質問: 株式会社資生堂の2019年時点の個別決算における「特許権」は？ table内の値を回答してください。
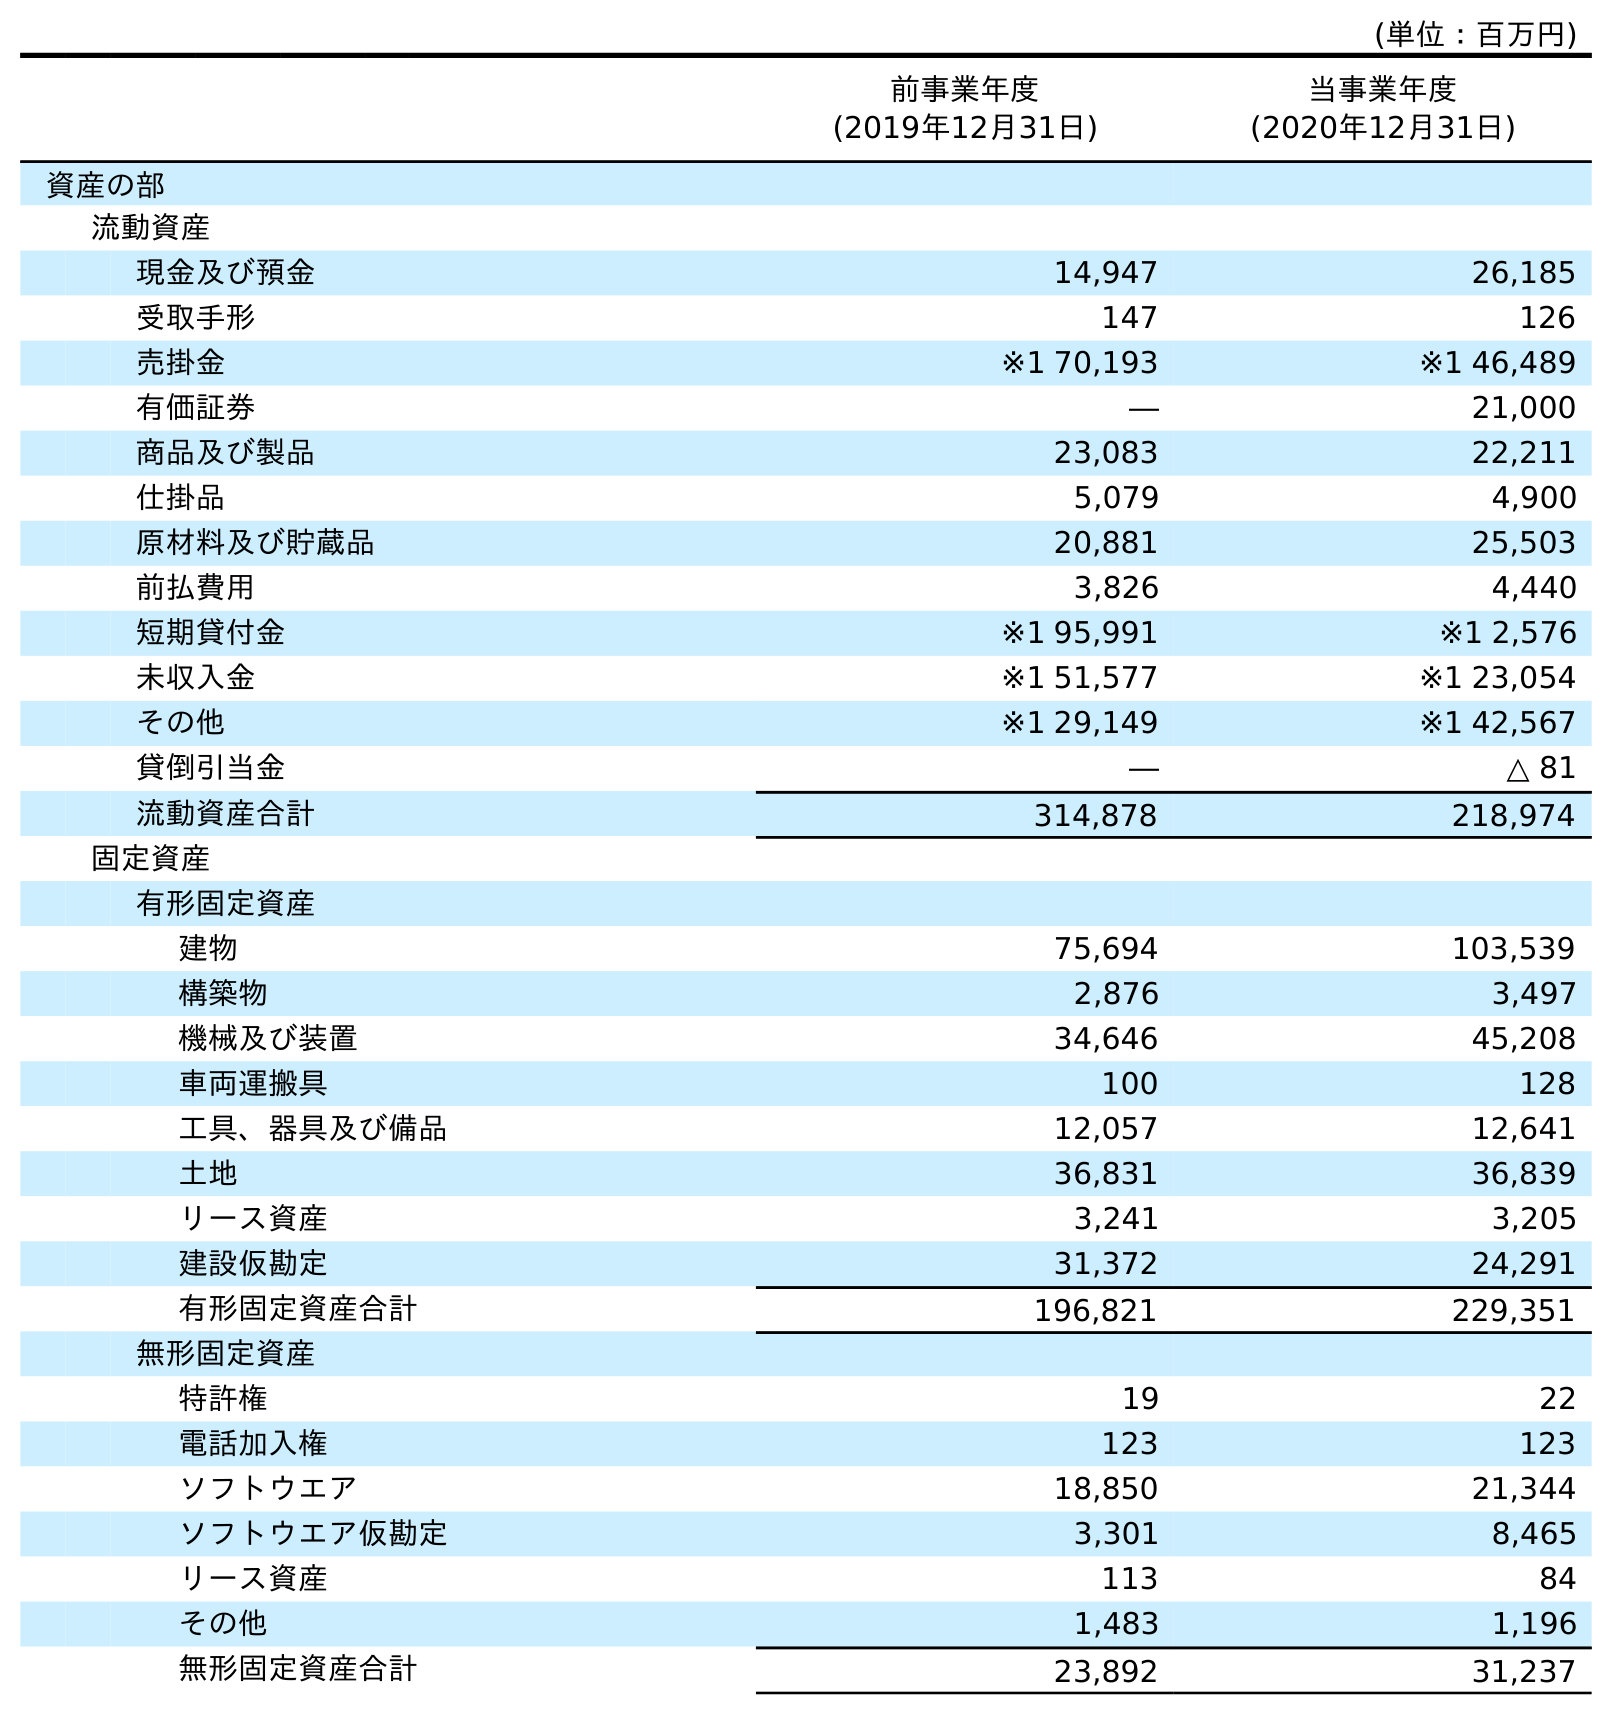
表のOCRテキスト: (単位：百万円) 前事業年度 (2019年12月31日) 当事業年度 (2020年12月31日) 資産の部 流動資産 現金及び預金 14,947 26,185 受取手形 147 126 売掛金 ※1 70,193 ※1 46,489 有価証券 ― 21,000 商品及び製品 23,083 22,211 仕掛品 5,079 4,900 原材料及び貯蔵品 20,881 25,503 前払費用 3,826 4,440 短期貸付金 ※1 95,991 ※1 2,576 未収入金 ※1 51,577 ※1 23,054 その他 ※1 29,149 ※1 42,567 貸倒引当金 ― △ 81 流動資産合計 314,878 218,974 固定資産 有形固定資産 建物 75,694 103,539 構築物 2,876 3,497 機械及び装置 34,646 45,208 車両運搬具 100 128 工具、器具及び備品 12,057 12,641 土地 36,831 36,839 リース資産 3,241 3,205 建設仮勘定 31,372 24,291 有形固定資産合計 196,821 229,351 無形固定資産 特許権 19 22 電話加入権 123 123 ソフトウエア 18,850 21,344 ソフトウエア仮勘定 3,301 8,465 リース資産 113 84 その他 1,483 1,196 無形固定資産合計 23,892 31,237
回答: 19